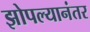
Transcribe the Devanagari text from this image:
झोपल्यानंतर